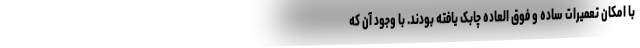
با امکان تعمیرات ساده و فوق العاده چابک یافته بودند. با وجود آن که